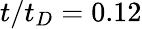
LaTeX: t/t_{D}=0.12